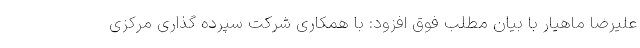
علیرضا ماهیار با بیان مطلب فوق افزود: با همکاری شرکت سپرده گذاری مرکزی